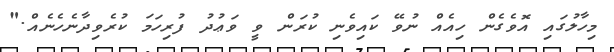
މިހާލުގައި އޮވެގެން ހިއެއް ނުވޭ ކައިވެނި ކުރަން ވީ ވަޢުދު ފުރިހަމަ ކުރެވިދާނެހެނެއް."